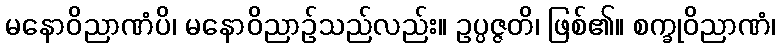
မနောဝိညာဏံပိ၊ မနောဝိညာဉ်သည်လည်း။ ဥပ္ပဇ္ဇတိ၊ ဖြစ်၏။ စက္ခုဝိညာဏံ၊